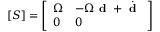
[ S ] = { \left[ \begin{array} { l l } { \Omega } & { - \Omega { \textbf { d } } + { \dot { \textbf { d } } } } \\ { 0 } & { 0 } \end{array} \right] }